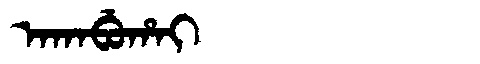
Manchu: ᠠᡴᠠᠪᡠᡥᠠᡳ
Romanization: AKABUHAI